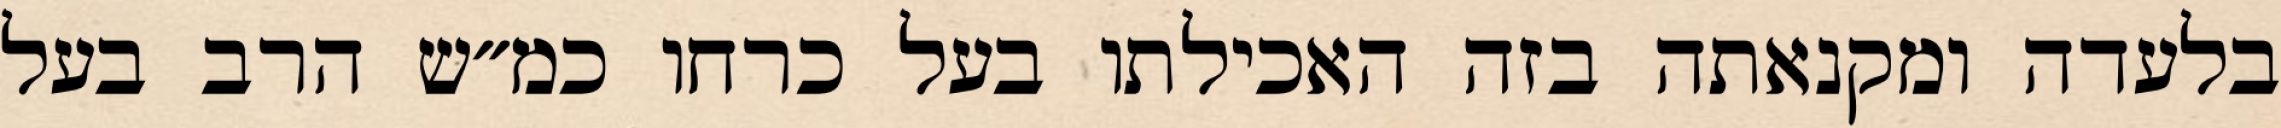
בלעדה ומקנאתה בזה האכילתו בעל כרחו כמ״ש הרב בעל